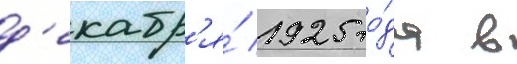
д'екабр'я́ 1925 го́да в